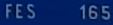
FES   165